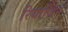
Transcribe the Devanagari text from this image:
रियाजिन